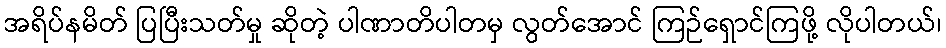
အရိပ်နမိတ် ပြပြီးသတ်မှု ဆိုတဲ့ ပါဏာတိပါတမှ လွတ်အောင် ကြဉ်ရှောင်ကြဖို့ လိုပါတယ်၊